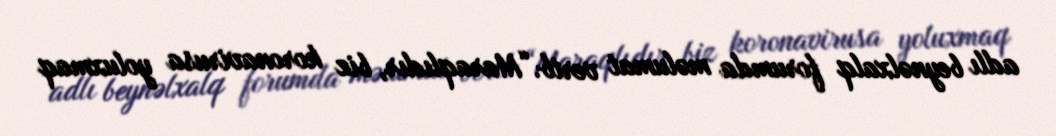
adlı beynəlxalq forumda məlumat verib.“Maraqlıdır, biz koronavirusa yoluxmaq